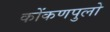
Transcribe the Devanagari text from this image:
कोंकणपुलो